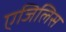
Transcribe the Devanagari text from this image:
एजिलिस